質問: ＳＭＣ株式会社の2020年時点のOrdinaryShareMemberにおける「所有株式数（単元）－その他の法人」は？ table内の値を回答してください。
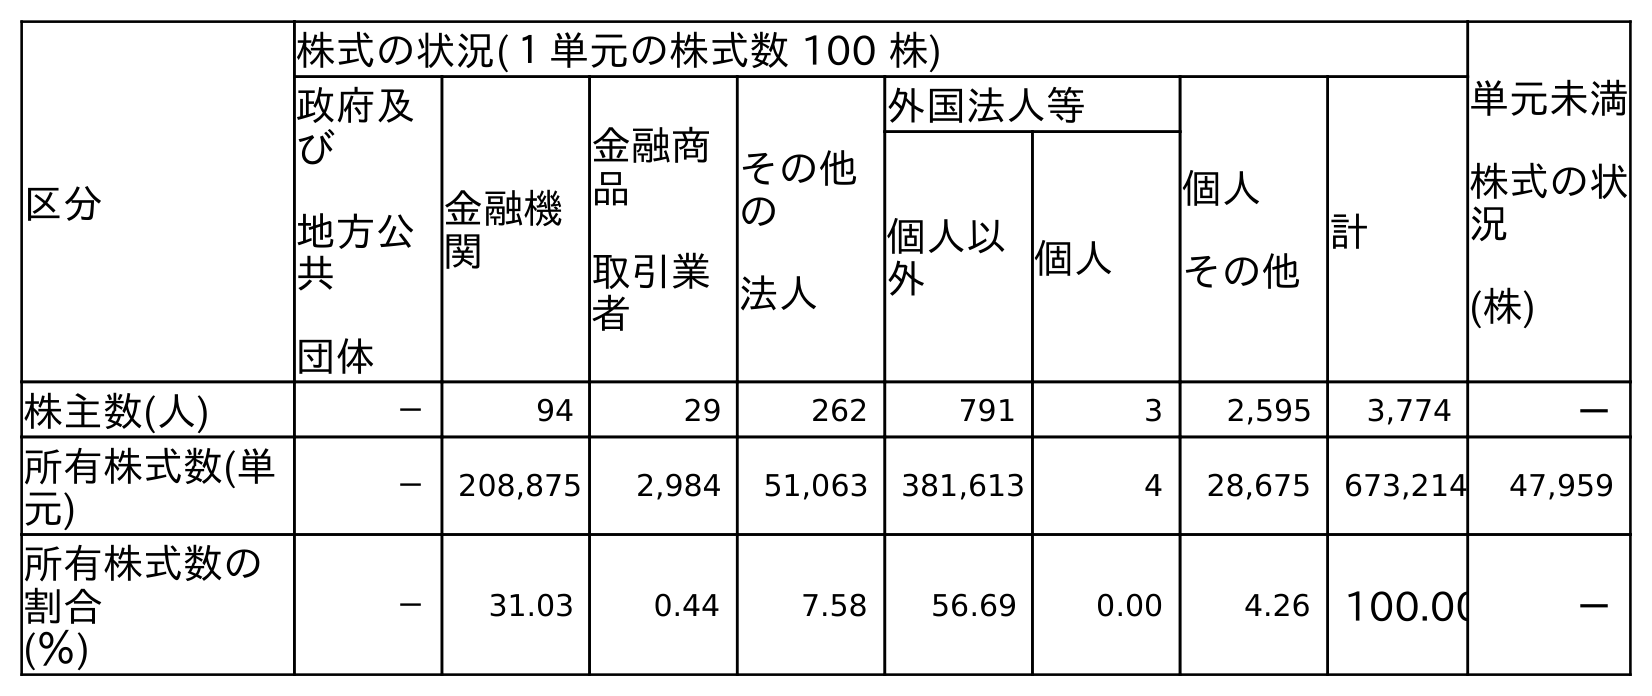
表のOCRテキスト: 区分 株式の状況(１単元の株式数 100 株) 単元未満 株式の状 況 (株) 政府及 び 地方公 共 団体 金融機 関 金融商 品 取引業 者 その他 の 法人 外国法人等 個人 その他 計 個人以 外 個人 株主数(人) － 94 29 262 791 3 2,595 3,774 － 所有株式数(単 元) － 208,875 2,984 51,063 381,613 4 28,675 673,214 47,959 所有株式数の 割合 (％) － 31.03 0.44 7.58 56.69 0.00 4.26 100.00 －
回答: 51,063